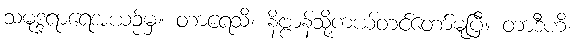
သမုဒ္ဒရာရေအယဉ်မှ။ တာရေသိ၊ နိဗ္ဗာန်သို့ကယ်တင်တော်မူပြီ။ တာဒီဟိ၊